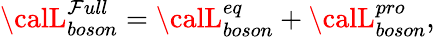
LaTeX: {\calL}_{boson}^{\mathcal{F}ull}={\calL}_{boson}^{eq}+{\calL}_{boson}^{pro},